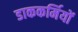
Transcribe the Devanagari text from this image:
डाककर्मियों